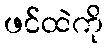
ဖင်ထဲကို